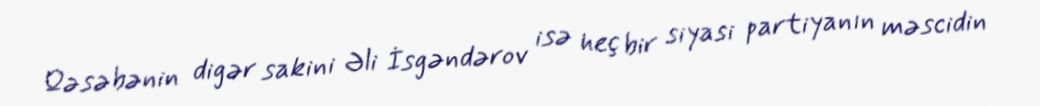
Qəsəbənin digər sakini Əli İsgəndərov isə heç bir siyasi partiyanın məscidin